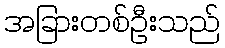
အခြားတစ်ဦးသည်